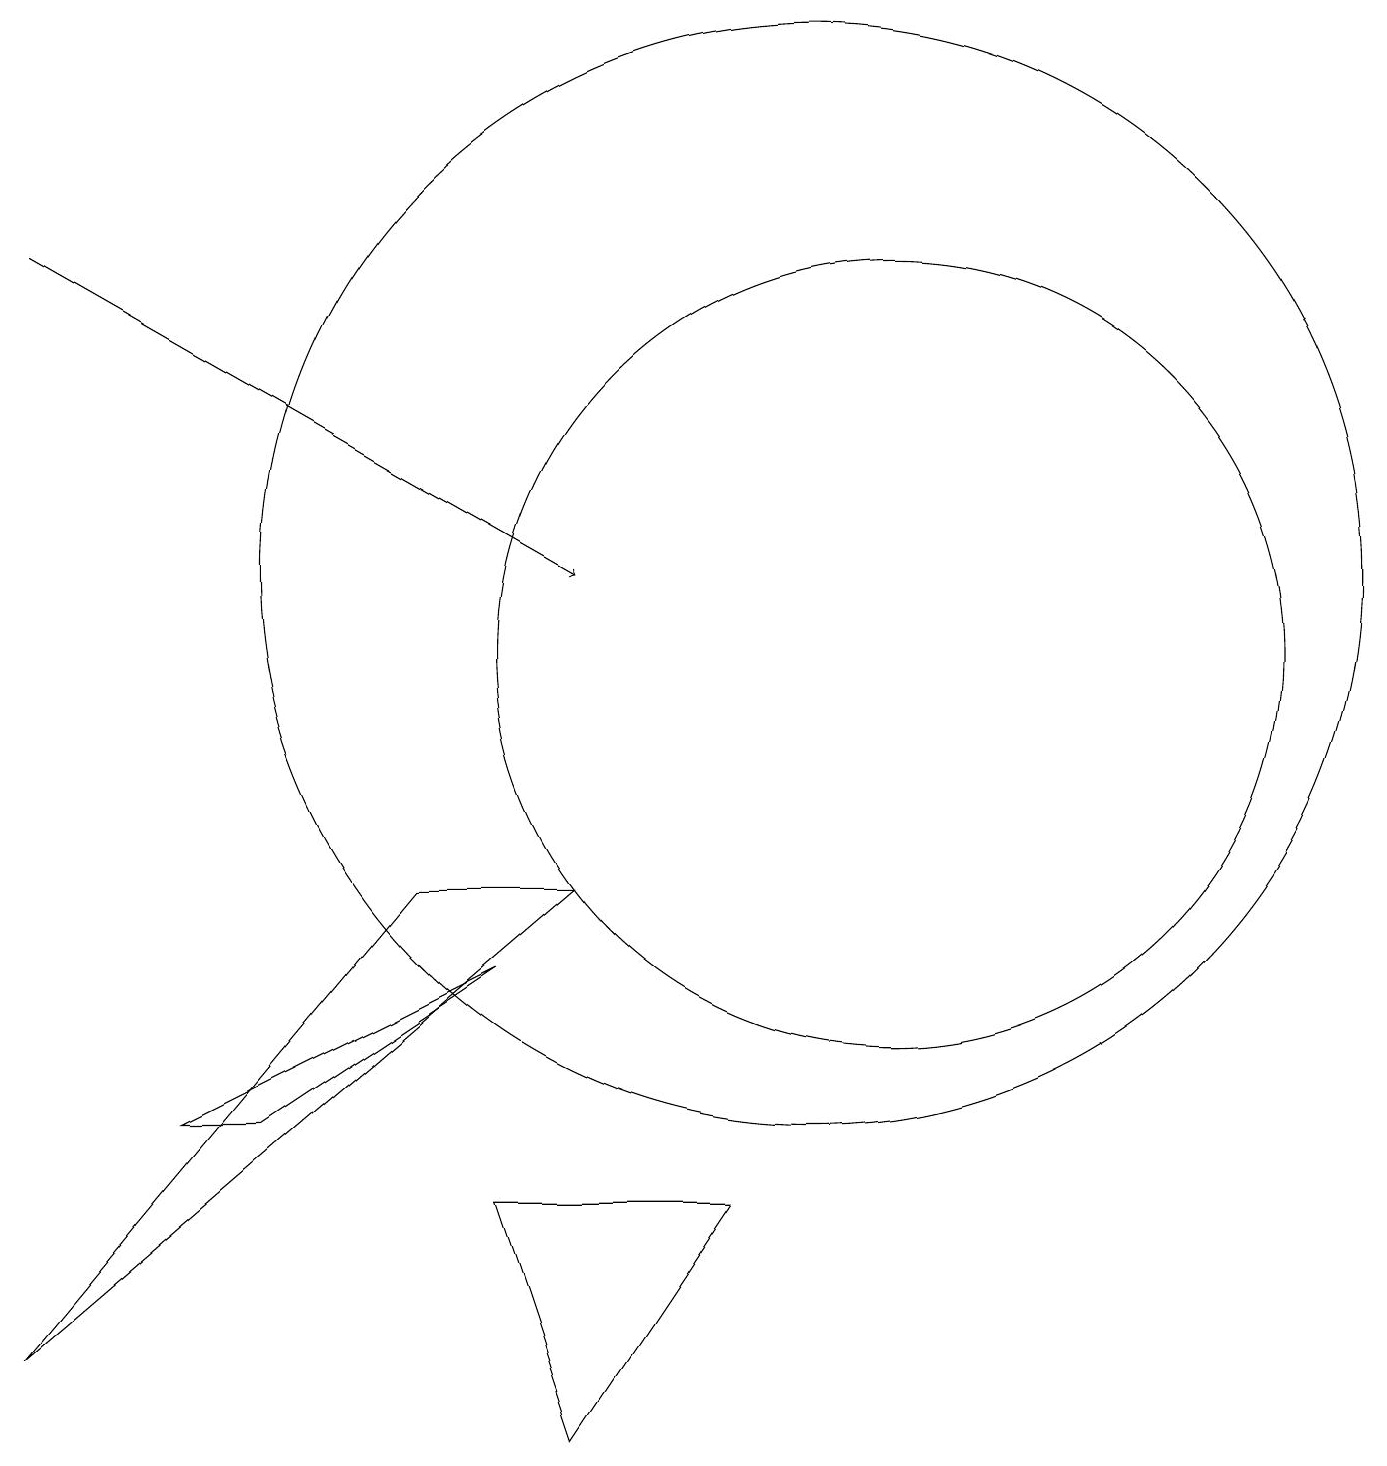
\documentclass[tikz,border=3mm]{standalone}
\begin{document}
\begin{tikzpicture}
\draw (10,11) circle (7);
\draw (7,7) -- (5,7) -- (0,1) -- cycle;
\draw (6,6) -- (2,4) -- (3,4) -- cycle;
\draw (6,3) -- (7,0) -- (9,3) -- cycle;
\draw (11,10) circle (5);
\draw[->] (0,15) -- (7,11);
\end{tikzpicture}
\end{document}